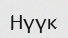
Нүүк